Report of veterinary surgeon J.H. Steel, A.V.D., on his investigation into an obscure and fatal disease among transport mules in British Burma
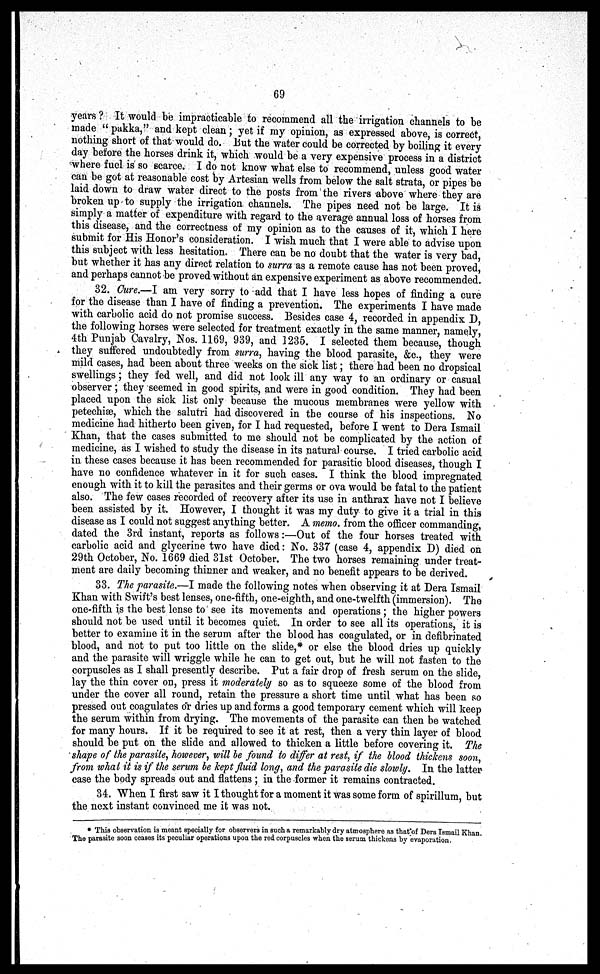
69
years ? It would be impracticable to recommend all the irrigation channels to be
made " pakka," and kept clean; yet if my opinion, as expressed above, is correct,
nothing short of that would do. But the water could be corrected by boiling it every
day before the horses drink it, which would be a very expensive process in a district
where fuel is so scarce. I do not know what else to recommend, unless good water
can be got at reasonable cost by Artesian wells from below the salt strata, or pipes be
laid down to draw water direct to the posts from the rivers above where they are
broken up to supply the irrigation channels. The pipes need not be large. It is
simply a matter of expenditure with regard to the average annual loss of horses from
this disease, and the correctness of my opinion as to the causes of it, which I here
submit for His Honor's consideration. I wish much that I were able to advise upon
this subject with less hesitation. There can be no doubt that the water is very bad,
but whether it has any direct relation to surra as a remote cause has not been proved,
and perhaps cannot be proved without an expensive experiment as above recommended.
32. Cure.—I am very sorry to add that I have less hopes of finding a cure
for the disease than I have of finding a prevention. The experiments I have made
with carbolic acid do not promise success. Besides case 4, recorded in appendix I),
the following horses were selected for treatment exactly in the same manner, namely,
4th Punjab Cavalry, Nos. 1169, 939, and 1235. I selected them because, though
they suffered undoubtedly from surra, having the blood parasite, &c., they were
mild cases, had been about three weeks on the sick list; there had been no dropsical
swellings; they fed well, and did not look ill any way to an ordinary or casual
observer ; they seemed in good spirits, and were in good condition. They had been
placed upon the sick list only because the mucous membranes were yellow with
petechia, which the salutri had discovered in the course of his inspections. No
medicine had hitherto been given, for I had requested, before I went to Dera Ismail
Khan, that the cases submitted to me should not be complicated by the action of
medicine, as I wished to study the disease in its natural course. I tried carbolic acid
in these cases because it has been recommended for parasitic blood diseases, though I
have no confidence whatever in it for such cases. I think the blood impregnated
enough with it to kill the parasites and their germs or ova would be fatal to the patient
also. The few cases recorded of recovery after its use in anthrax have not I believe
been assisted by it. However, I thought it was my duty to give it a trial in this
disease as I could not suggest anything better. A memo from the officer commanding,
dated the 3rd instant, reports as follows:—Out of the four horses treated with
carbolic acid and glycerine two have died: No. 337 (case 4, appendix D) died on
29th October, No. 1669 died 31st October. The two horses remaining under treat-
ment are daily becoming thinner and weaker, and no benefit appears to be derived.
33. The parasite.—I made the following notes when observing it at Dera Ismail
Khan with Swift's best lenses, one-fifth, one-eighth, and one-twelfth (immersion). The
one-fifth is the best lense to see its movements and operations ; the higher powers
should not be used until it becomes quiet. In order to see all its operations, it is
better to examine it in the serum after the blood has coagulated, or in defibrinated
blood, and not to put too little on the slide,* or else the blood dries up quickly
and the parasite will wriggle while he can to get out, but he will not fasten to the
corpuscles as I shall presently describe. Put a fair drop of fresh serum on the slide,
lay the thin cover on, press it moderately so as to squeeze some of the blood from
under the cover all round, retain the pressure a short time until what has been so
pressed out coagulates or dries up and forms a good temporary cement which will keep
the serum within from drying. The movements of the parasite can then be watched
for many hours. If it be required to see it at rest, then a very thin layer of blood
should be put on the slide and allowed to thicken a little before covering it. The
shape of the parasite, however, will be found to differ at rest, if the blood thickens soon,
from what it is if the serum be kept fluid long, and the parasite die slowly. In the latter
case the body spreads out and flattens ; in the former it remains contracted.
34. When I first saw it I thought for a moment it was some form of spirillum, but
the next instant convinced me it was not.
* This observation is meant specially for observers in such a remarkably dry atmosphere as that of Dera Ismail Khan.
The parasite soon ceases its peculiar operations upon the red corpuscles when the serum thickens by evaporation.